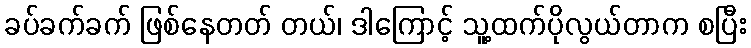
ခပ်ခက်ခက် ဖြစ်နေတတ် တယ်၊ ဒါကြောင့် သူ့ထက်ပိုလွယ်တာက စပြီး